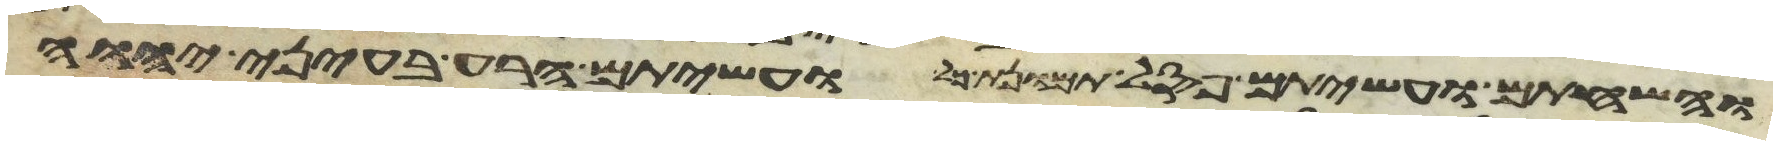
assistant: והשחתם ועשיתם פסל תמונת כל ועשיתם הרע בעיני יהוה